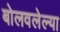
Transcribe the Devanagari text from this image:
बोलवलेल्या